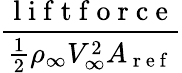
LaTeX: \frac{\mathrm{~l~i~f~t~f~o~r~c~e~}}{\frac 12\rho_{\infty}V_{\infty}^{2}A_{\mathrm{~r~e~f~}}}